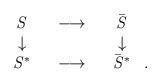
LaTeX: \begin{align*}\begin{array}{ccc} \it S \\ \downarrow \\ {\it S}^* \\\end{array} \begin{array}{ccc} & \longrightarrow & \\ &&\\ & \longrightarrow & \\ \end{array}\begin{array}{ccc} {\bar {\it S}} \\ \downarrow \\{\bar {\it S}}^* \\ \end{array}\begin{array}{ccc} && \\ && \\ . \\ \end{array}\end{align*}